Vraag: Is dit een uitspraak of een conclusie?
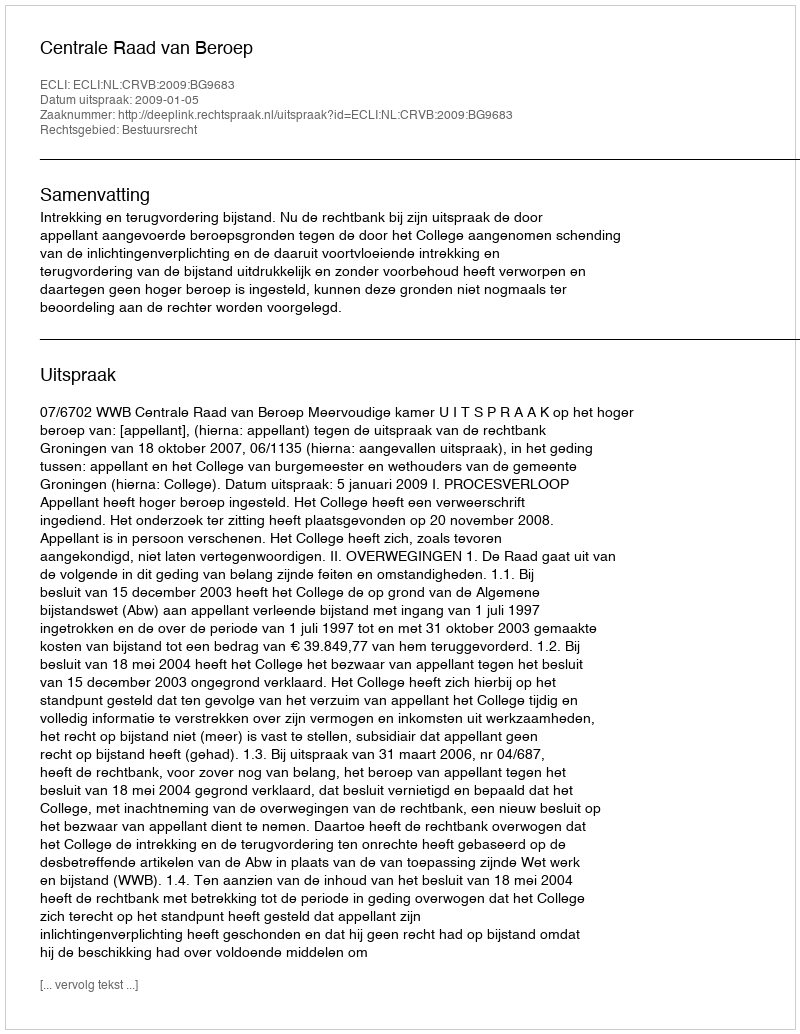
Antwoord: Uitspraak